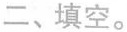
二、填空。